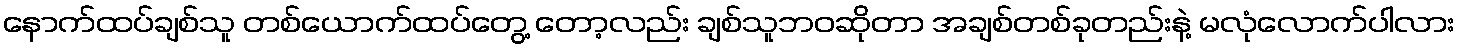
နောက်ထပ်ချစ်သူ တစ်ယောက်ထပ်တွေ့ တော့လည်း ချစ်သူဘဝဆိုတာ အချစ်တစ်ခုတည်းနဲ့ မလုံလောက်ပါလား